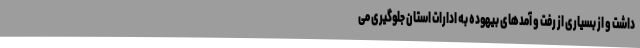
داشت و از بسیاری از رفت و آمدهای بیهوده به ادارات استان جلوگیری می